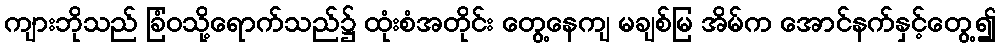
ကျားဘိုသည် ခြံဝသို့ရောက်သည်၌ ထုံးစံအတိုင်း တွေ့နေကျ မချစ်မြ အိမ်က အောင်နက်နှင့်တွေ့၍